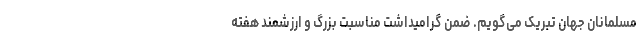
مسلمانان جهان تبریک می‌گویم. ضمن گرامیداشت مناسبت بزرگ و ارزشمند هفته